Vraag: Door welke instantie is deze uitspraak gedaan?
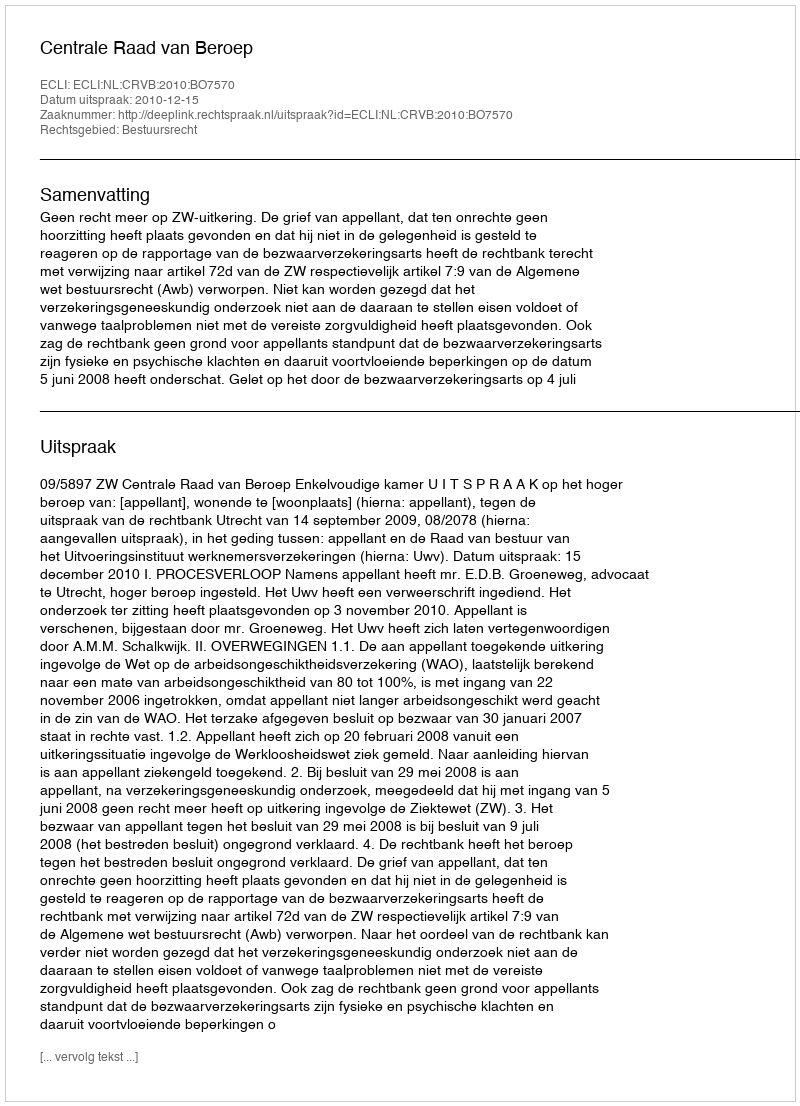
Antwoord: Centrale Raad van Beroep